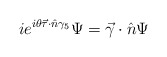
\begin{align*}ie^{i\theta \vec\tau \cdot \hat n \gamma_5} \Psi = \vec \gamma \cdot \hat n \Psi\end{align*}